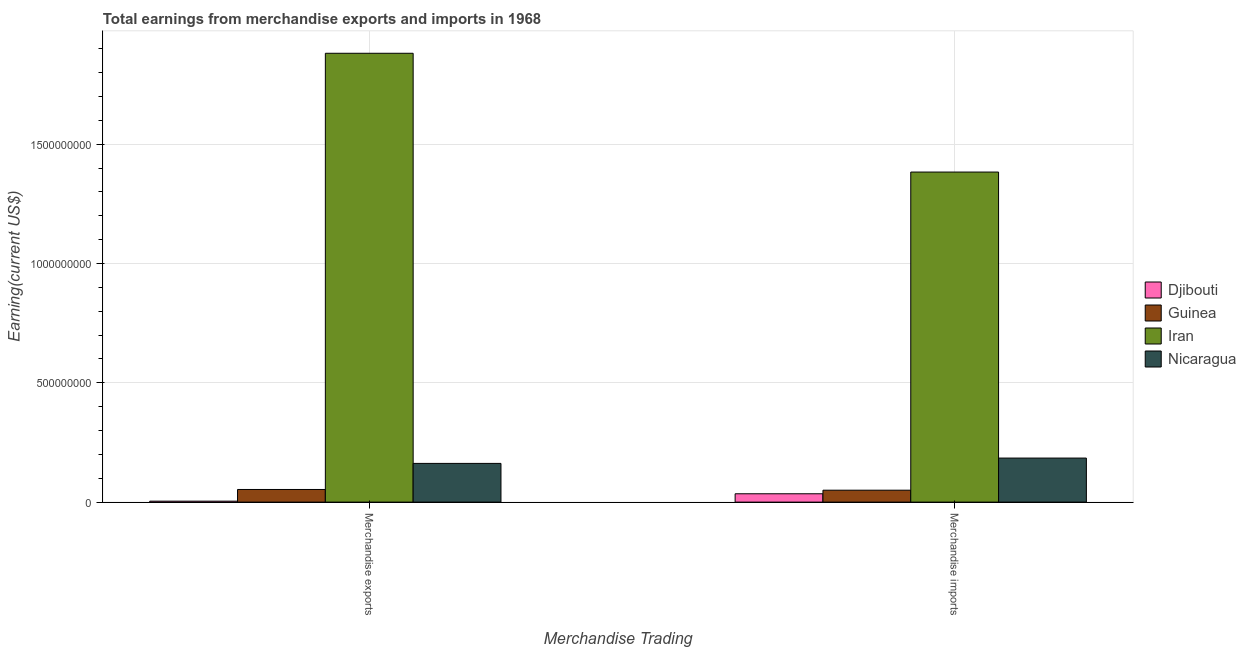
| Merchandise Trading | Djibouti | Guinea | Iran | Nicaragua |
 | --- | --- | --- | --- | --- |
 | Merchandise exports | 4e+06 | 5.3e+07 | 1.88e+09 | 1.62e+08 |
 | Merchandise imports | 3.5e+07 | 5e+07 | 1.38e+09 | 1.85e+08 |